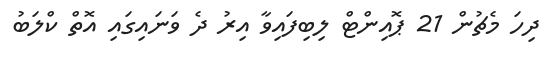
ދިހަ މެޗުން 21 ޕޮއިންޓް ލިބިފައިވާ އިރު ދެ ވަނައިގައި އޮތް ކްލަބު